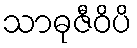
သာဓုဇီဝိပိ